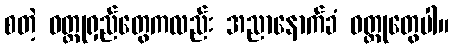
စတဲ့ ဝတ္ထုရှည်တွေကလည်း အညာနောက်ခံ ဝတ္ထုတွေပါ။